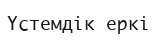
Үстемдік еркі